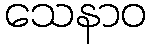
သေနာဝ